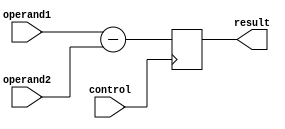
module subtractor (
    input [7:0] operand1,
    input [7:0] operand2,
    input control,
    output reg [7:0] result
);

always @ (posedge control)
begin
    if (control == 1'b1)
        result <= operand1 - operand2;
end

endmodule